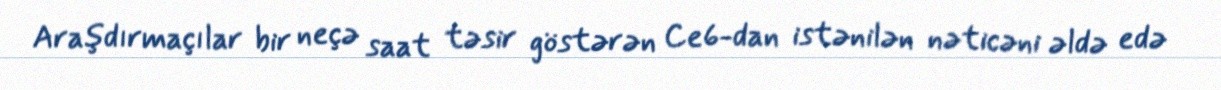
Araşdırmaçılar bir neçə saat təsir göstərən Ce6-dan istənilən nəticəni əldə edə